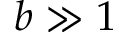
b \gg 1